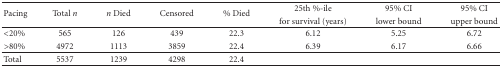
<table><thead><tr><td rowspan="2"><b>Pacing</b></td><td rowspan="2"><b>Total <i>n</i></b></td><td rowspan="2"><b><i>n</i> Died</b></td><td rowspan="2"><b>Censored</b></td><td rowspan="2"><b>% Died</b></td><td><b>25th %-ile</b></td><td><b>95% CI</b></td><td><b>95% CI</b></td></tr><tr><td><b>for survival (years)</b></td><td><b>lower bound</b></td><td><b>upper bound </b></td></tr></thead><tbody><tr><td>&lt;20%</td><td>565</td><td>126</td><td>439</td><td>22.3</td><td>6.12</td><td>5.25</td><td>6.72</td></tr><tr><td>&gt;80%</td><td>4972</td><td>1113</td><td>3859</td><td>22.4</td><td>6.39</td><td>6.17</td><td>6.66 </td></tr><tr><td>Total</td><td>5537</td><td>1239</td><td>4298</td><td>22.4</td><td></td><td></td><td></td></tr></tbody></table>